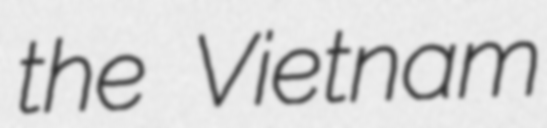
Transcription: the Vietnam